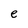
Character: e